Lunatic asylums Punjab 1895-1910 - 1895-1910
Year: 1895
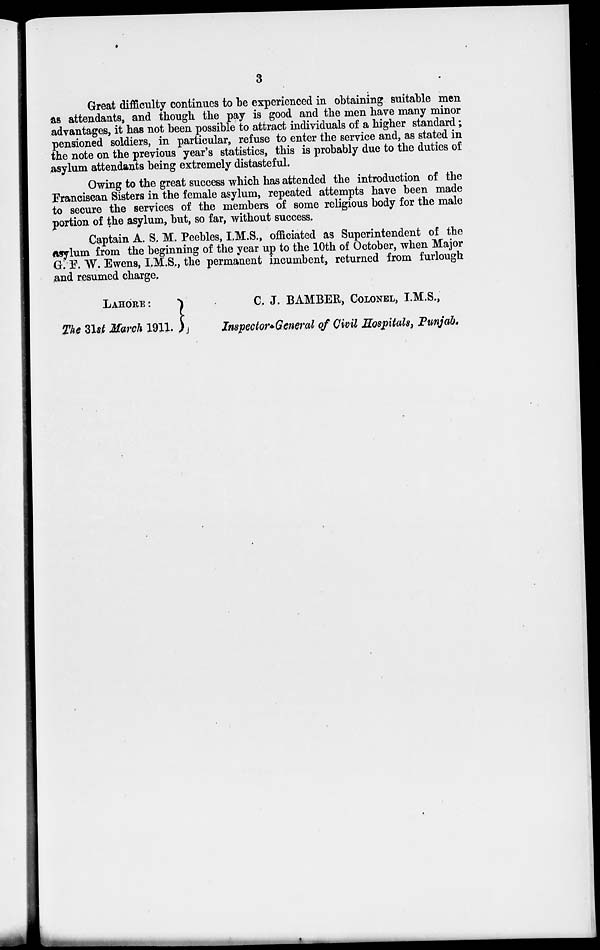
3
Great difficulty continues to be experienced in obtaining suitable men
as attendants, and though the pay is good and the men have many minor
advantages, it has not been possible to attract individuals of a higher standard;
pensioned soldiers, in particular, refuse to enter the service and, as stated in
the note on the previous year's statistics, this is probably due to the duties of
asylum attendants being extremely distasteful.
Owing to the great success which has attended the introduction of the
Franciscan Sisters in the female asylum, repeated attempts have been made
to secure the services of the members of some religious body for the male
portion of the asylum, but, so far, without success.
Captain A. S. M. Peebles, I.M.S., officiated as Superintendent of the
asylum from the beginning of the year up to the 10th of October, when Major
G. F. W. Ewens, I.M.S., the permanent incumbent, returned from furlough
and resumed charge.
LAHORE:
C.
J. BAMBER, COLONEL, I.M.S.,
The 31st March
1911.
Inspector-General of Civil Hospitals, Punjab.